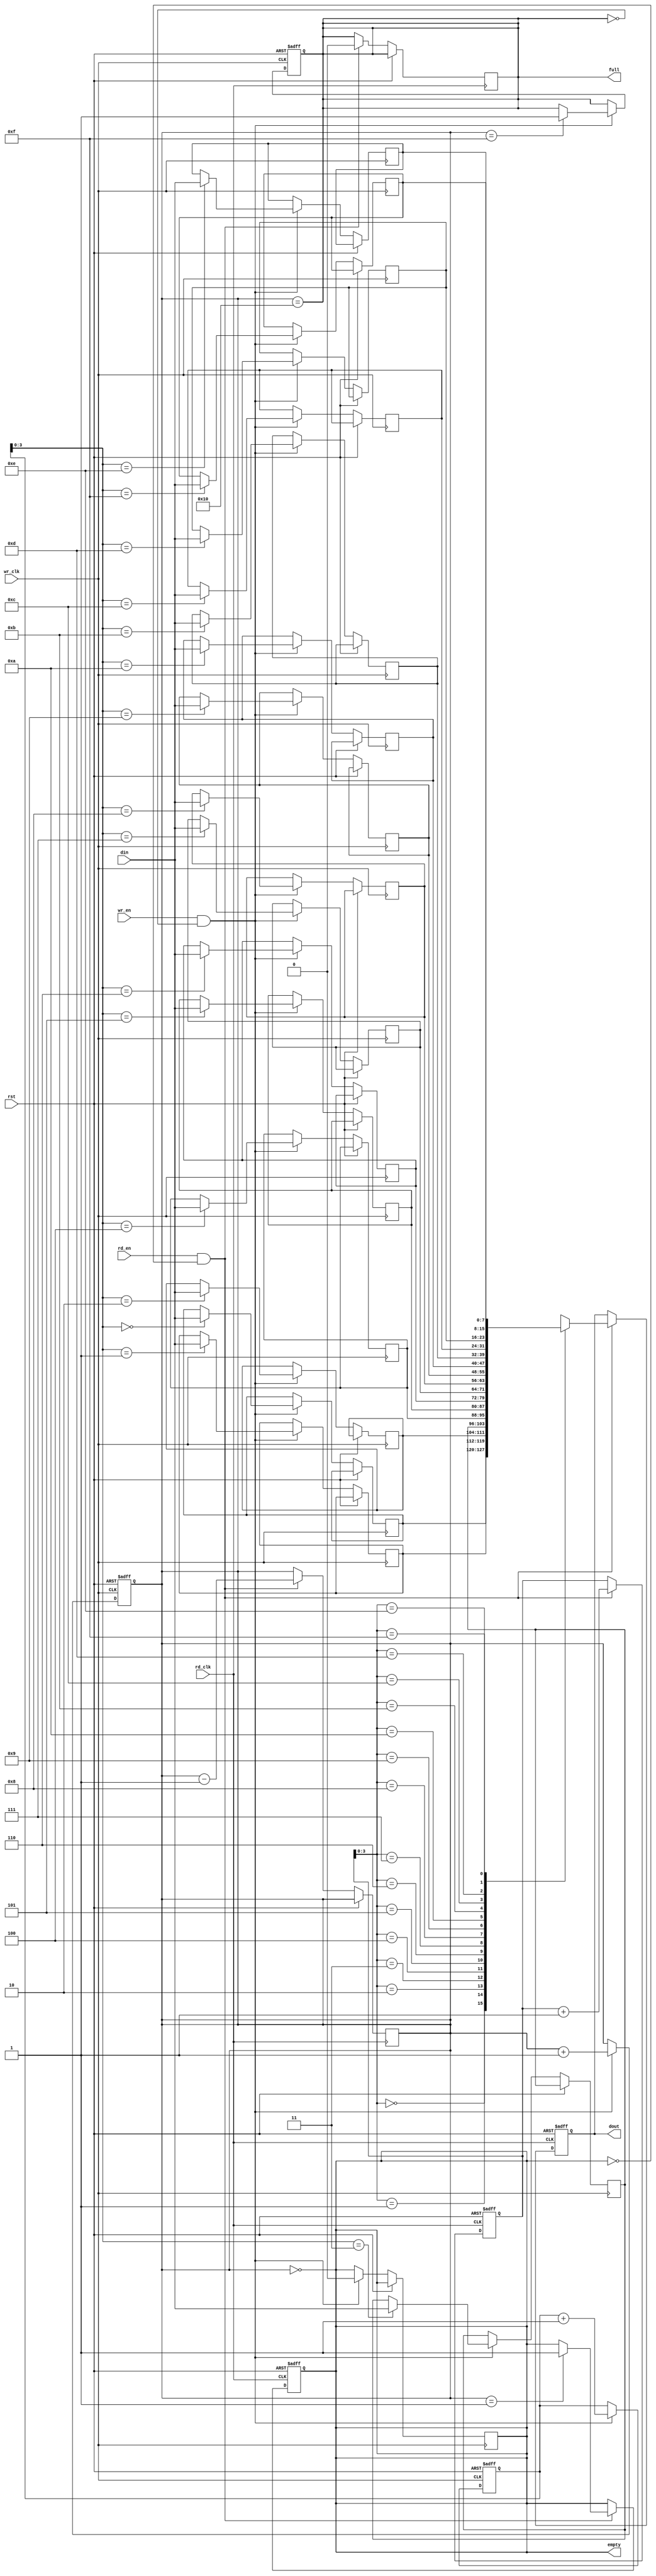
module async_fifo #(
    parameter DATA_WIDTH = 8, // Width of data
    parameter FIFO_DEPTH = 16  // Depth of FIFO (must be a power of 2)
) (
    input wire wr_clk,          // Write clock
    input wire rd_clk,          // Read clock
    input wire rst,             // Asynchronous reset
    input wire wr_en,           // Write enable
    input wire rd_en,           // Read enable
    input wire [DATA_WIDTH-1:0] din, // Data input
    output reg [DATA_WIDTH-1:0] dout, // Data output
    output reg full,            // FIFO full flag
    output reg empty            // FIFO empty flag
);

    // Internal signals
    reg [DATA_WIDTH-1:0] fifo_mem [0:FIFO_DEPTH-1]; // FIFO memory
    reg [FIFO_DEPTH-1:0] wptr, rptr; // Write and read pointers
    reg [FIFO_DEPTH-1:0] wptr_sync, rptr_sync; // Synchronized pointers
    reg [FIFO_DEPTH-1:0] fifo_count; // FIFO count

    // Write operation
    always @(posedge wr_clk or posedge rst) begin
        if (rst) begin
            wptr <= 0;
            fifo_count <= 0;
            full <= 0;
        end else begin
            if (wr_en && !full) begin
                fifo_mem[wptr] <= din; // Write data to FIFO
                wptr <= wptr + 1;
                fifo_count <= fifo_count + 1;

                // Update full flag
                if (fifo_count == FIFO_DEPTH - 1)
                    full <= 1;
                empty <= 0; // FIFO is not empty after a write
            end
        end
    end

    // Read operation
    always @(posedge rd_clk or posedge rst) begin
        if (rst) begin
            rptr <= 0;
            dout <= 0;
            empty <= 1;
        end else begin
            if (rd_en && !empty) begin
                dout <= fifo_mem[rptr]; // Read data from FIFO
                rptr <= rptr + 1;
                fifo_count <= fifo_count - 1;

                // Update empty flag
                if (fifo_count == 1)
                    empty <= 1;
                full <= 0; // FIFO is not full after a read
            end
        end
    end

    // Pointer synchronization (using gray code)
    always @(posedge wr_clk or posedge rst) begin
        if (rst) begin
            wptr_sync <= 0;
        end else begin
            wptr_sync <= wptr; // Synchronize write pointer
        end
    end

    always @(posedge rd_clk or posedge rst) begin
        if (rst) begin
            rptr_sync <= 0;
        end else begin
            rptr_sync <= rptr; // Synchronize read pointer
        end
    end

    // FIFO full and empty flag logic
    always @(*) begin
        full = (fifo_count == FIFO_DEPTH);
        empty = (fifo_count == 0);
    end

endmodule